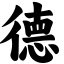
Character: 德